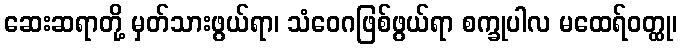
ဆေးဆရာတို့ မှတ်သားဖွယ်ရာ၊ သံဝေဂဖြစ်ဖွယ်ရာ စက္ခုပါလ မထေရ်ဝတ္ထု၊